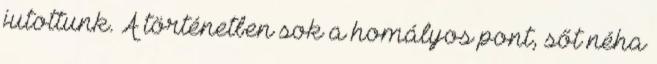
jutottunk. A történetben sok a homályos pont, sőt néha